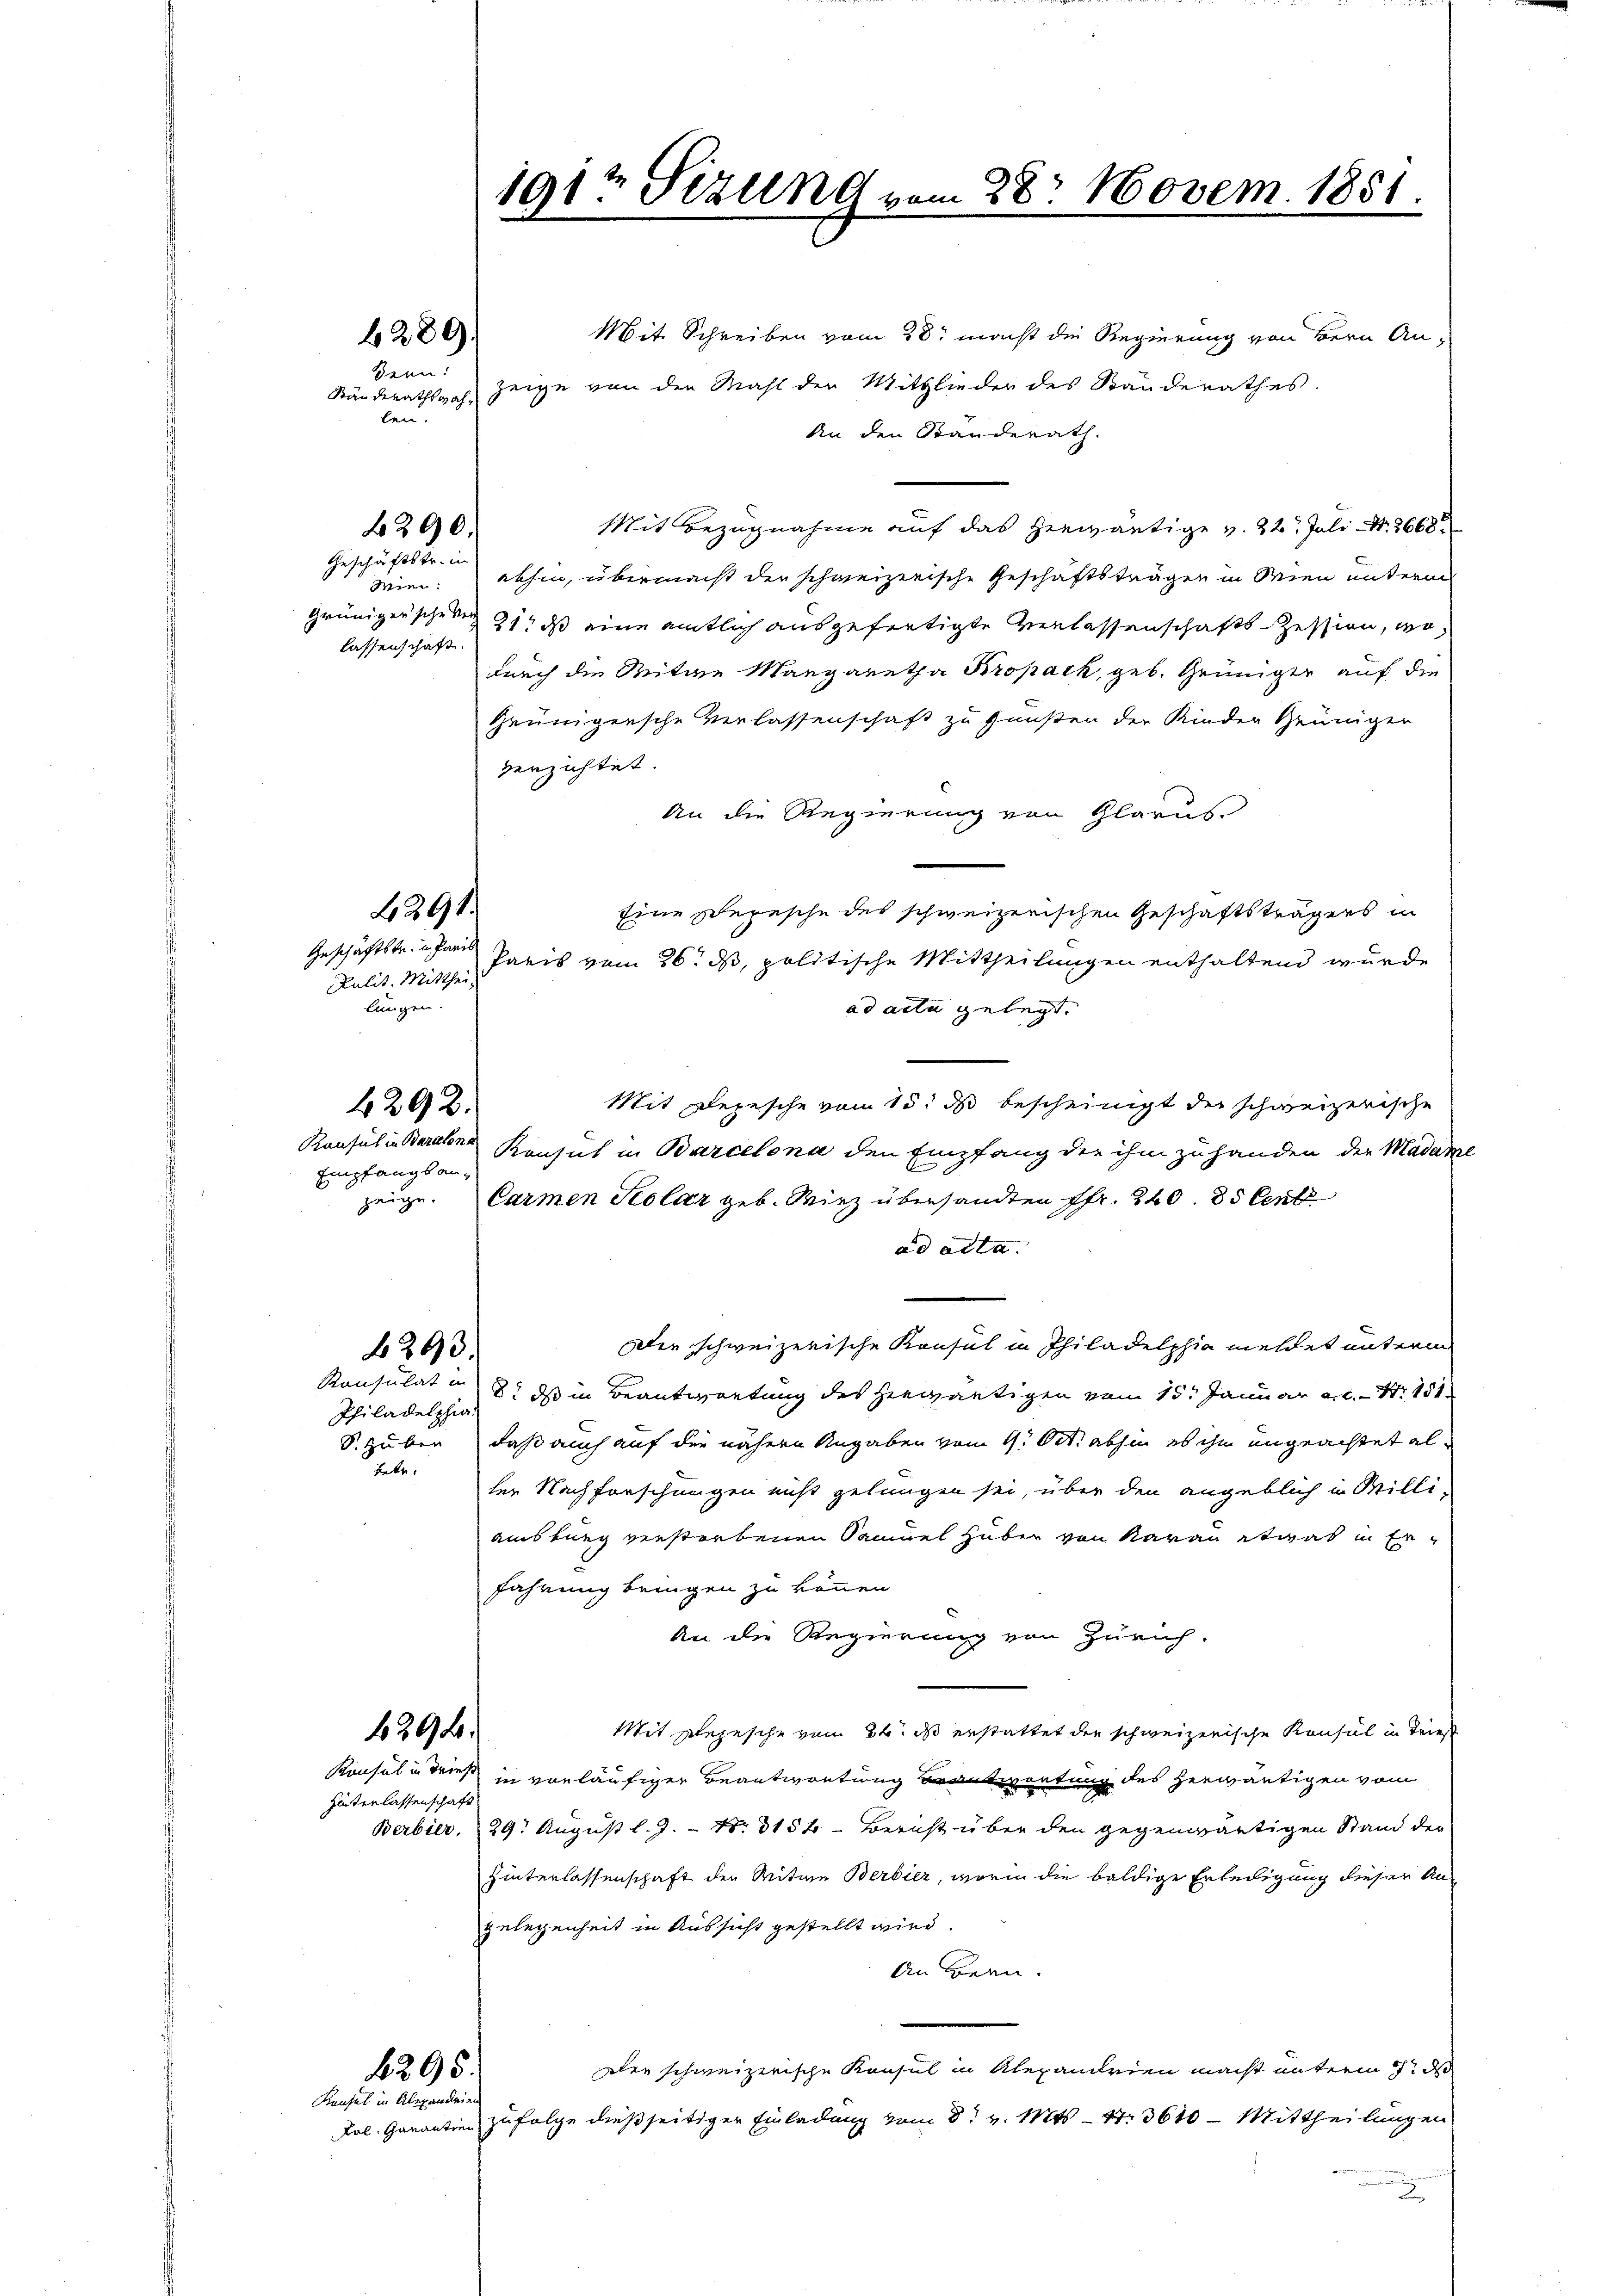
Sern:
len.

2290.

4292.

Kaufes in Baralena
Empfangsan¬

6293.

2291.

429.

280):

Geschäftstr. in
lassenschaft.

Geschäftstr. in Paris
Pulit. Mitthei
lingen.

Philadelphia
S. Huber
te.

Hinterlassenschaft

4295.
Kusel in Alexandere

Mit Schreiben vom 28t macht die Regierung von Bern An¬
Ständerathsah, zeige von den Mahl der Mitglieder des Banderathes
An den Standerath.
Mit Bezugnahme auf das herwärtige v. 22. Juli d. 2668
Wie: abhin, übermacht der schweizerische Geschäftsträgen in Wien unterm
Grünigerschen 21. ds eine amtlich ausgefertigte Verlassenschafts-Zession, wodurch die Mitwe Margaretha Bropack, geb. Grüniger auf die
Grünigersche Verlassenschaft zu Gunsten der Kinder Heiniger
verzichtet.
An die Regierung von Glarus.
Eine Depesche des schweizerischen Geschäftsträgers in
Paris vom 26. d. politische Mittheilungen enthaltend wurde
ad acta gelegt.
Mit Depesche vom 15. ds bescheinigt der schweizerische
Konsul in Barcelona den Empfang der ihm zu handen der Madam
zeige. Carmen Solar geb. Wirz übersandten Pfr. 240. 85 Cent
ad acta.
Die schweizerische Konsul in Philadelphia meldet unterm
Konsulat in 8. ds in Beantwortung des herwärtigen vom 15. Januar a.c. Nr. 131
daß auch auf die näheren Angaben vom 9. Oct. abhin es ihm ungeachtet alter Nachforschungen nicht gelungen sei, über den angeblich in Milli-
amsburg verstorbenen Samuel Huben von Aarau etwas in Erfahrung bringen zu können.
An die Regierung von Zürich.
Mit Elepesche vom 24. ds erstattet der schweizerische Konsul in Brief
Konsul in dies in vorläufiger Beantwortung erantwortung des herwärtigen vom
Berbier, 29. August l. J. - No. 3154 - Bericht über den gegenwärtigen Stand der
Hinterlassenschaft der Witwe Berbier, worin die baldige Erledigung dieser An-
gelegenheit in Aussicht gestellt wird.
An Bern.
dee schweizerische Konsul in Alexandrien macht unterm 17. d
Lol. Garantin zu folge dießseitiger Einladung vom 8t v. Mts. - 4. 3610 - Mittheilungen

191t Sizung vom 28. Novem. 1851.